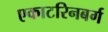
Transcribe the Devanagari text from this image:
एकाटरिनबर्ग